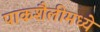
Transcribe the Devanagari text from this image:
पाकशैलीमध्ये